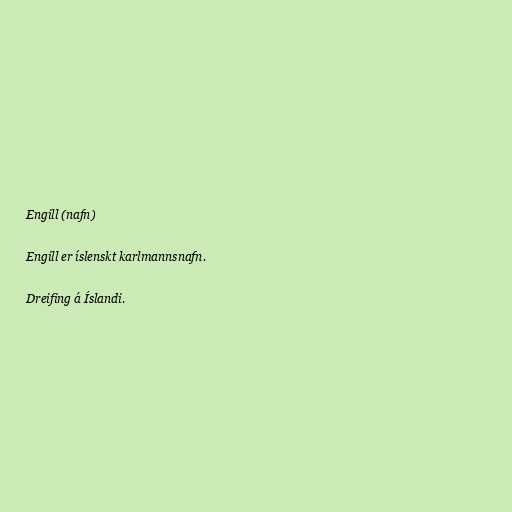
Engill (nafn)

Engill er íslenskt karlmannsnafn.

Dreifing á Íslandi.